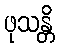
ဖုသန္တိ